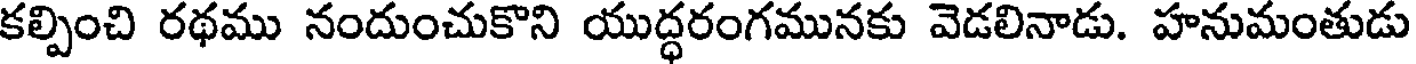
కల్పించి రథము నందుంచుకొని యుద్ధరంగమునకు వెడలినాడు. హనుమంతుడు